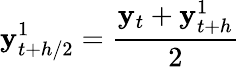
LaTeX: \mathbf{y}_{t+h/2}^{1}={\frac{{\mathbf{y}_{t}+\mathbf{y}_{t+h}^{1}}}{{2}}}